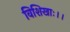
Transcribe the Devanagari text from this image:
विशिखाः।।